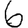
Digit: 6